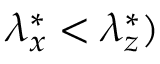
{ \lambda } _ { x } ^ { * } < { \lambda } _ { z } ^ { * } )